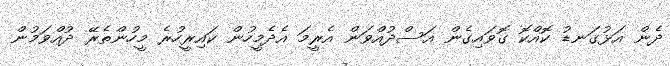
ދެން އަޅުގަނޑު ކޮއްކޮ ގޮވައިގެން އަސްދުއްވަން އެރީމަ އެދެމީހުން ކައިރީހުރެ މީހުންތެރޭ ދުއްވަމުން